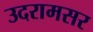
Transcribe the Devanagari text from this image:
उदरामसर